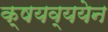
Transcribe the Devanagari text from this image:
क्षयव्ययेन